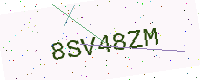
Text: 8SV48ZM